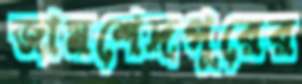
জামশেদপুরের